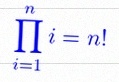
\prod_{i=1}^{n}i=n!